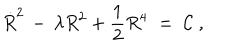
LaTeX: \dot { R } ^ { 2 } \, - \, \lambda R ^ { 2 } + \frac { 1 } { 2 } R ^ { 4 } \; = \; { \cal C } \; ,